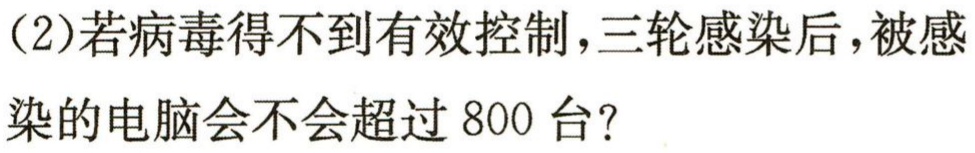
(2)若病毒得不到有效控制，三轮感染后，被感染的电脑会不会超过800台？